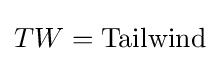
TW={\text{Tailwind}}